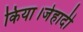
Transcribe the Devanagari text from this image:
किया।जेहादी